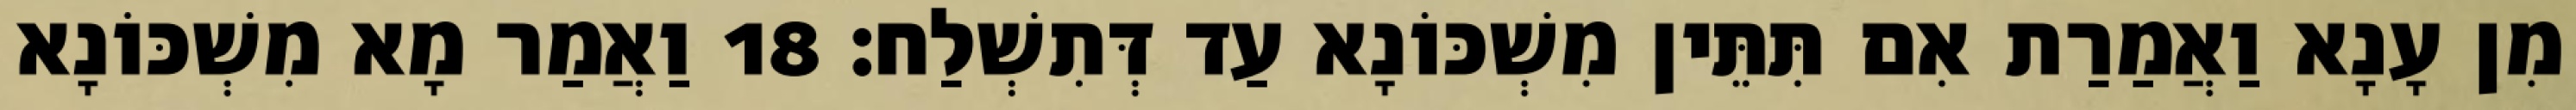
מִן עָנָא וַאֲמַרַת אִם תִּתֵּין מִשְׁכּוֹנָא עַד דְּתִשְׁלַח׃ 18 וַאֲמַר מָא מִשְׁכּוֹנָא